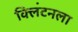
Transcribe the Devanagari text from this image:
क्लिंटनला